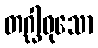
တဂ္ဃါဝုသော